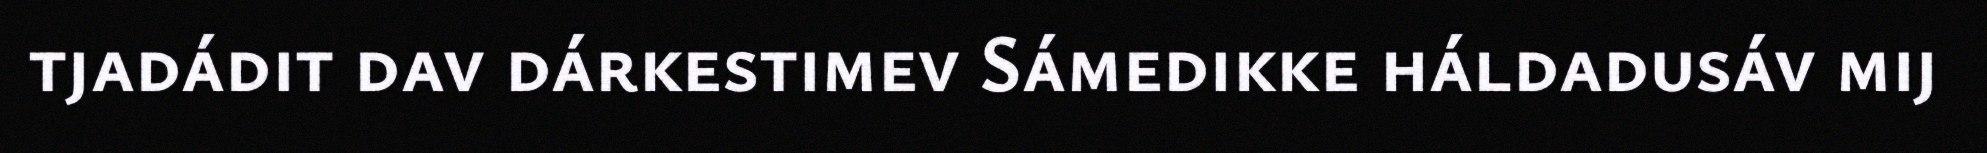
tjadádit dav dárkestimev Sámedikke háldadusáv mij